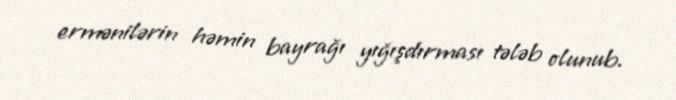
ermənilərin həmin bayrağı yığışdırması tələb olunub.